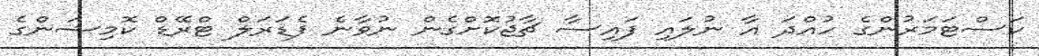
ކަސްޓަމަރުންގެ ހުއްދަ އާ ނުލައި ފައިސާ ޗާޖުކޮށްގެން ނުވާނެ ފެޑަރަލް ޓްރޭޑް ކޮމިޝަންގެ